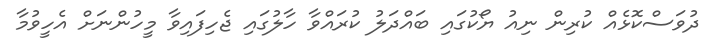
ދުވަސްކޮޅެއް ކުރިން ނިއު ޔޯކުގައި ބައްދަލު ކުރައްވާ ހާލުގައި ޖެހިފައިވާ މީހުންނަށް އެހީވުމާ